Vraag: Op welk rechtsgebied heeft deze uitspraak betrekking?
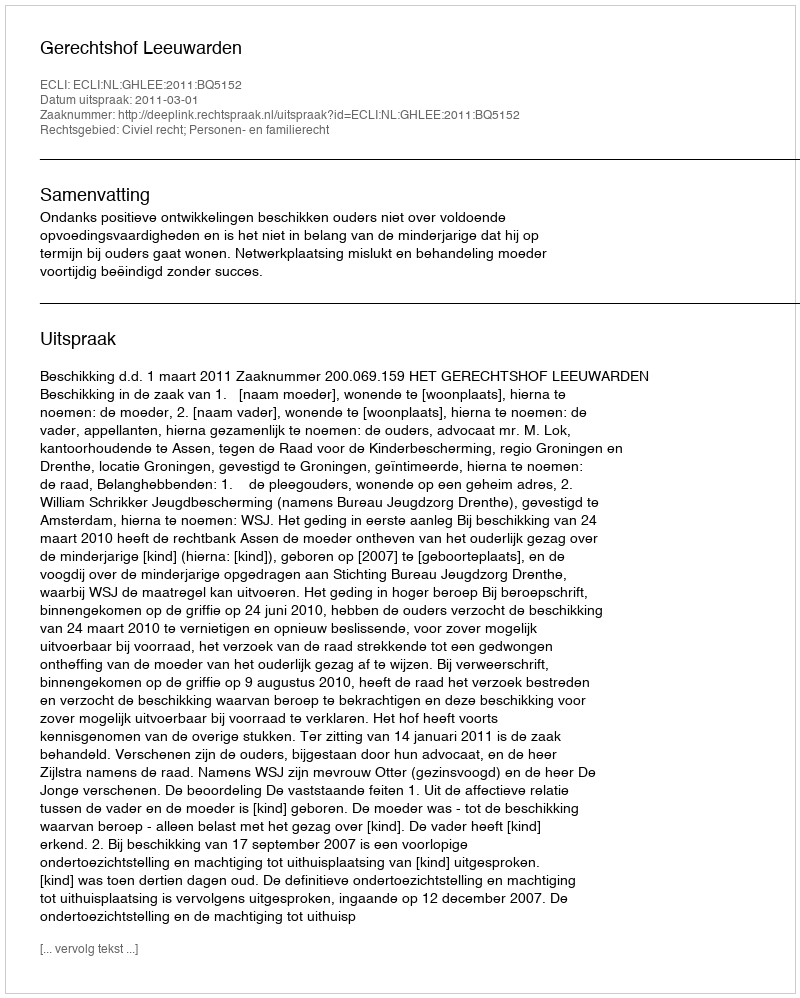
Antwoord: Civiel recht; Personen- en familierecht